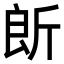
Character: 𣂞